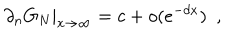
\partial _ { n } G _ { N } | _ { x \rightarrow \infty } = c + o ( e ^ { - d x } ) ~ ~ ,